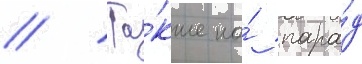
// Та́кже на́ пара́д